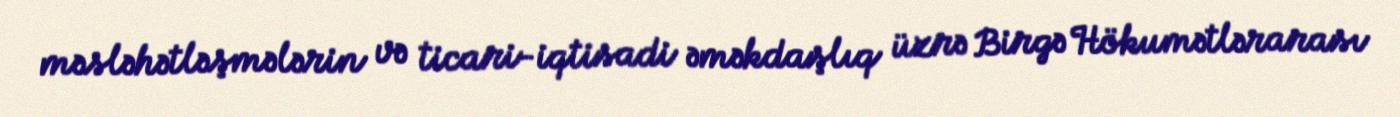
məsləhətləşmələrin və ticari-iqtisadi əməkdaşlıq üzrə Birgə Hökumətlərarası